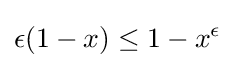
\epsilon (1-x)\leq 1-x^{\epsilon }